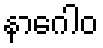
နာဂေါဝ